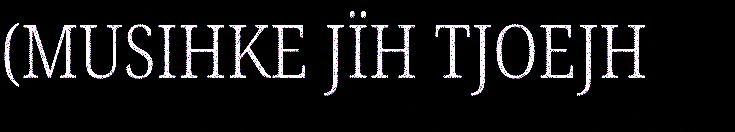
(MUSIHKE JÏH TJOEJH